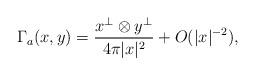
LaTeX: \begin{align*}\Gamma_a(x,y)=\frac{x^\perp\otimes y^\perp}{4\pi |x|^2}+O(|x|^{-2}),\end{align*}